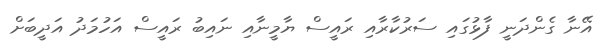
އޭނާ ގެންދަނީ ފާޅުގައި ސަރުކާރާއި ރައީސް ޔާމީނާއި ނައިބު ރައީސް އަހުމަދު އަދީބަށް